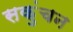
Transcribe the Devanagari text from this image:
सकुंचन